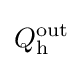
Q_{\text{h}}^{\text{out}}